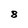
Character: 8